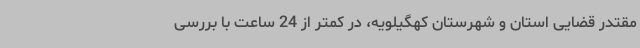
مقتدر قضایی استان و شهرستان کهگیلویه، در کمتر از 24 ساعت با بررسی